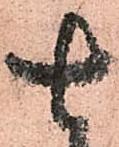
七